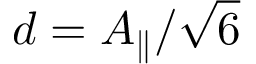
d = A _ { \parallel } / \sqrt { 6 }